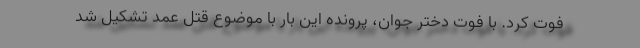
فوت کرد. با فوت دختر جوان، پرونده این بار با موضوع قتل عمد تشکیل شد